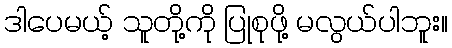
ဒါပေမယ့် သူတို့ကို ပြုစုဖို့ မလွယ်ပါဘူး။